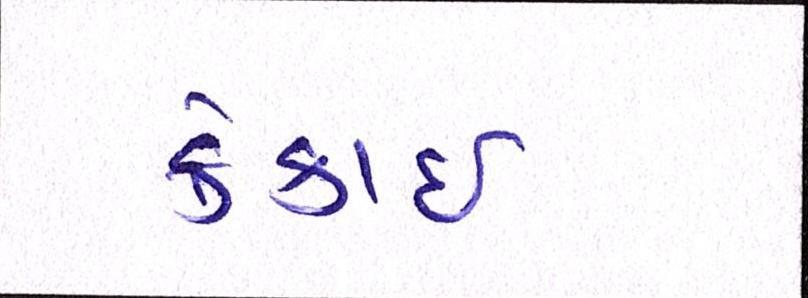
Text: ક્રેકાઇ